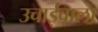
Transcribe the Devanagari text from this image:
उचाईंवाला